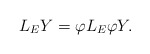
\begin{align*}L_EY=\varphi L_E\varphi Y.\end{align*}